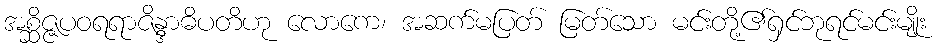
အစ္ဆိဇ္ဇပဝရရာဇိန္ဒာဓိပတိဟု လောကေ၊ အဆက်မပြတ် မြတ်သော မင်းတို့၏ရှင်ဘုရင်မင်းမျိုး